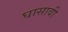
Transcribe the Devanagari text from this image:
घासावी